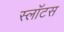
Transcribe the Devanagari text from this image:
स्लॉटस